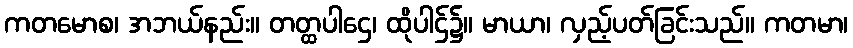
ကတမောစ၊ အဘယ်နည်း။ တတ္ထပါဌေ၊ ထိုပါဌ်၌။ မာယာ၊ လှည့်ပတ်ခြင်းသည်။ ကတမာ၊